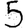
Digit: 5